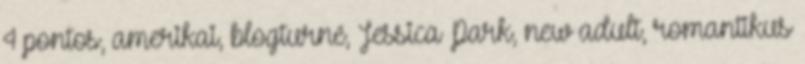
4 pontos, amerikai, blogturné, Jessica Park, new adult, romantikus